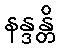
နန္ဒန္တိ